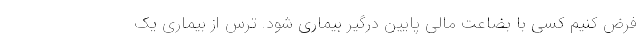
فرض کنیم کسی با بضاعت مالی پایین درگیر بیماری شود. ترس از بیماری یک